Annual report on the working of the lock hospitals in the Central Provinces
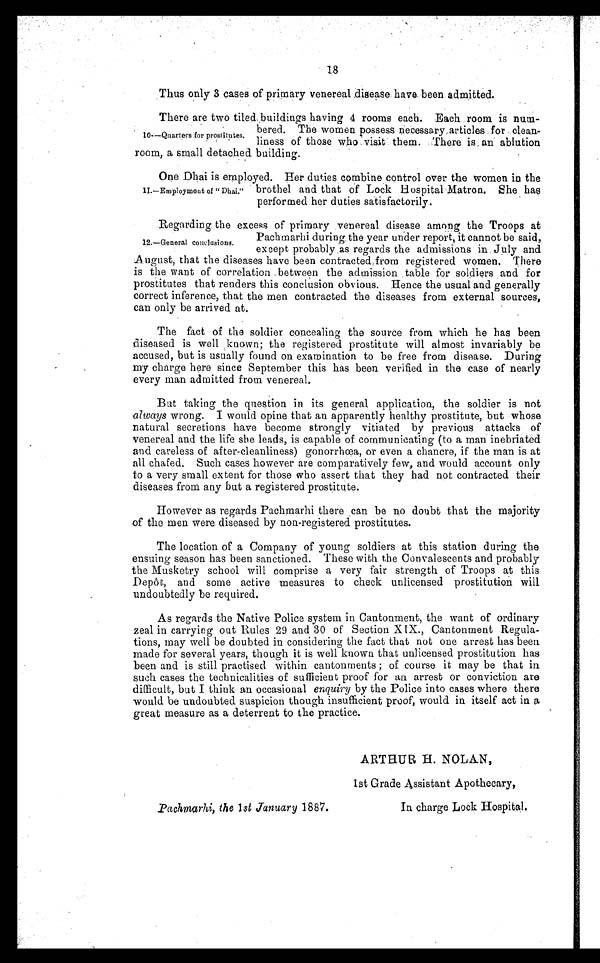
18
Thus only 3 cases of primary venereal disease have been admitted.
There are two tiled buildings having 4 rooms each. Each room is num
bered. The women possess necessary articles for clean
liness of those who visit them. There is an ablution
room, a small detached building.
One Dhai is employed. Her duties combine control over the women in the
brothel and that of Lock Hospital Matron. She has
performed her duties satisfactorily.
Regarding the excess of primary venereal disease among the Troops at
Pachmarhi during the year under report, it cannot be said,
except probably as regards the admissions in July and
August, that the diseases have been contracted from registered women. There
is the want of correlation between the admission table for soldiers and for
prostitutes that renders this conclusion obvious. Hence the usual and generally
correct inference, that the men contracted the diseases from external sources,
can only be arrived at.
The fact of the soldier concealing the source from which he has been
diseased is well known; the registered prostitute will almost invariably be
accused, but is usually found on examination to be free from disease. During
my charge here since September this has been verified in the case of nearly
every man admitted from venereal.
But taking the question in its general application, the soldier is not
always wrong. I would opine that an apparently healthy prostitute, but whose
natural secretions have become strongly vitiated by previous attacks of
venereal and the life she leads, is capable of communicating (to a man inebriated
and careless of after-cleanliness) gonorrhœa, or even a chancre, if the man is at
all chafed. Such cases however are comparatively few, and would account only
to a very small extent for those who assert that they had not contracted their
diseases from any but a registered prostitute.
However as regards Pachmarhi there can be no doubt that the majority
of the men were diseased by non-registered prostitutes.
The location of a Company of young soldiers at this station during the
ensuing season has been sanctioned. These with the Convalescents and probably
the Musketry school will comprise a very fair strength of Troops at this
Depôt, and some active measures to check unlicensed prostitution will
undoubtedly be required.
As regards the Native Police system in Cantonment, the want of ordinary
zeal in carrying out Rules 29 and 30 of Section X IX., Cantonment Regula
tions, may well be doubted in considering the fact that not one arrest has been
made for several years, though it is well known that unlicensed prostitution has
been and is still practised within cantonments ; of course it may be that in
such cases the technicalities of sufficient proof for an arrest or conviction are
difficult, but I think an occasional enquiry by the Police into cases where there
would be undoubted suspicion though insufficient proof, would in itself act in a
great measure as a deterrent to the practice.
10—Quarters for prostitutes.
11.—Employment of " Dhai."
12.—General conclusions.
Pachmarhi, the 1 st January 1887.
ARTHUR H. NOLAN,
1st Grade Assistant Apothecary,
In charge Lock Hospital.